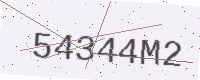
Text: 54344M2